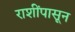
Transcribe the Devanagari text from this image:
राशींपासून